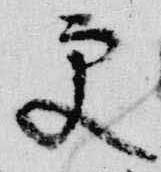
更